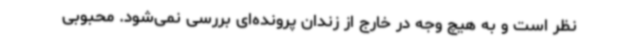
نظر است و به هیچ وجه در خارج از زندان پرونده‌ای بررسی نمی‌شود. محبوبی